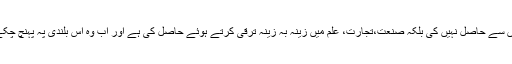
غیر مسلموں نے دنیا میں حکمرانی،من مانی کی طاقت خفیہ تنظیموں ،جادوئی ٹوٹکوں سے حاصل نہیں کی بلکہ صنعت،تجارت، علم میں زینہ بہ زینہ ترقی کرتے ہوئے حاصل کی ہے اور اب وہ اس بلندی پہ پہنچ چکے ہیں کہ جہاں ان کا کسی بھی شعبے میں مقابلہ کرنا مشکل سے ناممکن ہو چلا ہے۔